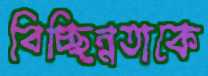
বিচ্ছিন্নতাকে